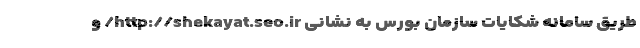
طریق سامانه شکایات سازمان بورس به نشانی http://shekayat.seo.ir/ و